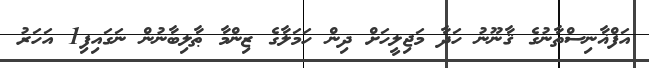
އަފްޣާނިސްތާނުގެ ޤާނޫނު ހަދާ މަޖިލީހަށް ދިން ހަމަލާގެ ޒިންމާ ޠާލިބާނުން ނަގައިފި1 އަހަރު